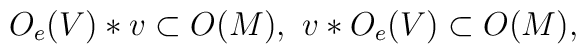
O_e (V) * v \subset O(M),\,\,v * O_e (V)  \subset O(M),